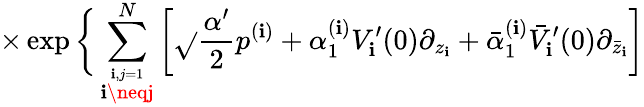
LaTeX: \times\exp\bigg\{ \sum_{\stackrel{\mathbf{i},j=1}{\mathbf{i}\neqj}}^{N}\left[\sqrt{}{{\frac{{\alpha^{\prime}}}{{2}}}}p^{(\mathbf{i})}+\alpha_{1}^{(\mathbf{i})}V_{\mathbf{i}}^{\prime}(0)\partial_{z_{\mathbf{i}}}+\bar{{\alpha}}_{1}^{(\mathbf{i})}\bar{{V}}_{\mathbf{i}}^{\prime}(0)\partial_{\bar{{z}}_{\mathbf{i}}}\right]